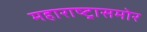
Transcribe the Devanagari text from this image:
महाराष्ट्रासमोर